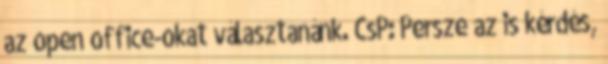
az open office-okat választanánk. CsP: Persze az is kérdés,